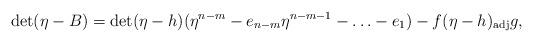
LaTeX: \begin{align*}\det (\eta -B)=\det(\eta-h)(\eta^{n-m}-e_{n-m}\eta^{n-m-1}-\ldots -e_1) -f(\eta-h)_{\rm adj}g,\end{align*}